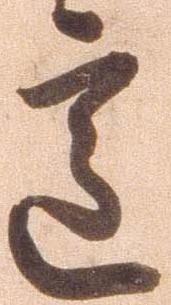
意